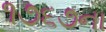
૧૭૬૭ના